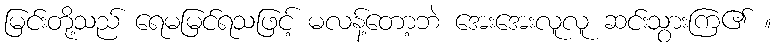
မြင်းတို့သည် ရေမမြင်ရသဖြင့် မလန့်တော့ဘဲ အေးအေးလူလူ ဆင်းသွားကြ၏ ။